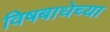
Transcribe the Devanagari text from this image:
विषबाधेच्या